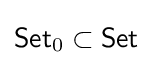
{\mathsf {Set}}_{0}\subset {\mathsf {Set}}